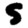
Digit: 5